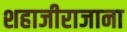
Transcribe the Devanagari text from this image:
शहाजीराजाना